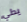
يدلي